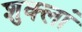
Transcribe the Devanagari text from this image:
शुक्लां